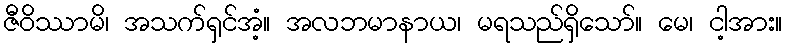
ဇီဝိဿာမိ၊ အသက်ရှင်အံ့။ အလဘမာနာယ၊ မရသည်ရှိသော်။ မေ၊ ငါ့အား။